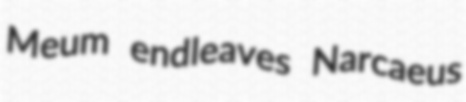
Meum endleaves Narcaeus